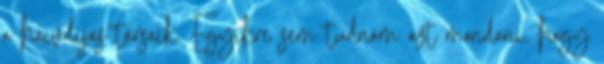
a haivdíjas társaik. Egyikre sem tudnám azt mondani, hogy